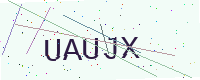
Text: UAUJX